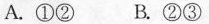
A. ①② B. ②③